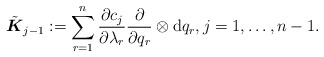
\begin{align*}\tilde{ \boldsymbol{K}}_{j-1}:=\sum_{r=1}^n \frac{\partial c_j}{\partial \lambda_r} \frac{\partial}{\partial q_r}\otimes \mathrm{d} q_r, j=1,\ldots,n-1 . \end{align*}